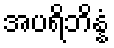
အပရိဘိန္နံ